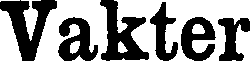
Vakter